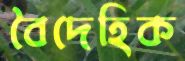
বৈদেহিক